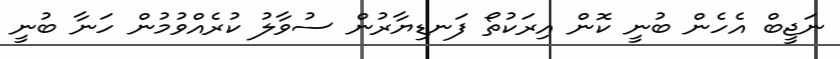
ނަޖީބް އެހެން ބުނީ ކޮން އިރަކުތޯ ފަނޑިޔާރުން ސުވާލު ކުރެއްވުމުން ހަނާ ބުނީ